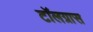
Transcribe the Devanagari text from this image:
टॉलग्रास